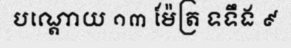
បណ្តោយ ១៣ ម៉ែត្រ ទទឹង ៩